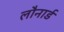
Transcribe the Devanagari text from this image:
लौनार्ड